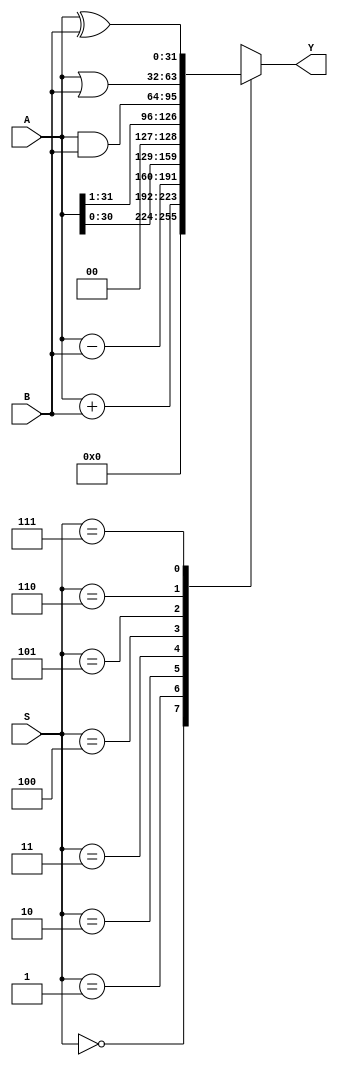
`timescale 1ns / 1ps
//////////////////////////////////////////////////////////////////////////////////
// Company: 
// Engineer: 
// 
// Design Name: 
// Module Name: alu_32_bit
// Project Name: 
// Target Devices: 
// Tool Versions: 
// Description: 
// 
// Dependencies: 
// 
// Revision:
// Revision 0.01 - File Created
// Additional Comments:
// 
//////////////////////////////////////////////////////////////////////////////////


module alu_32_bit(S, A, B, Y);
input[2:0] S;
input[31:0] A;
input[31:0] B;
output reg[31:0] Y;
always@(S)
    case(S)
        3'b000: Y = 0; //Clear
        3'b001: Y = A+B; //Addition
        3'b010: Y = A-B; //Subtraction
        3'b011: Y = A<<1; //Left Shift
        3'b100: Y = A>>1; //Right Shift
        3'b101: Y = A&B; //AND
        3'b110: Y = A|B; //OR
        3'b111: Y = A^B; //XOR
    endcase
endmodule